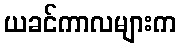
ယခင်ကာလများက